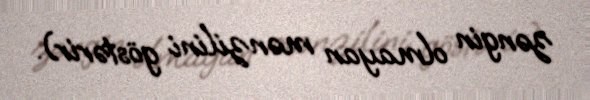
zəngin olmayan mənzilini göstərir).